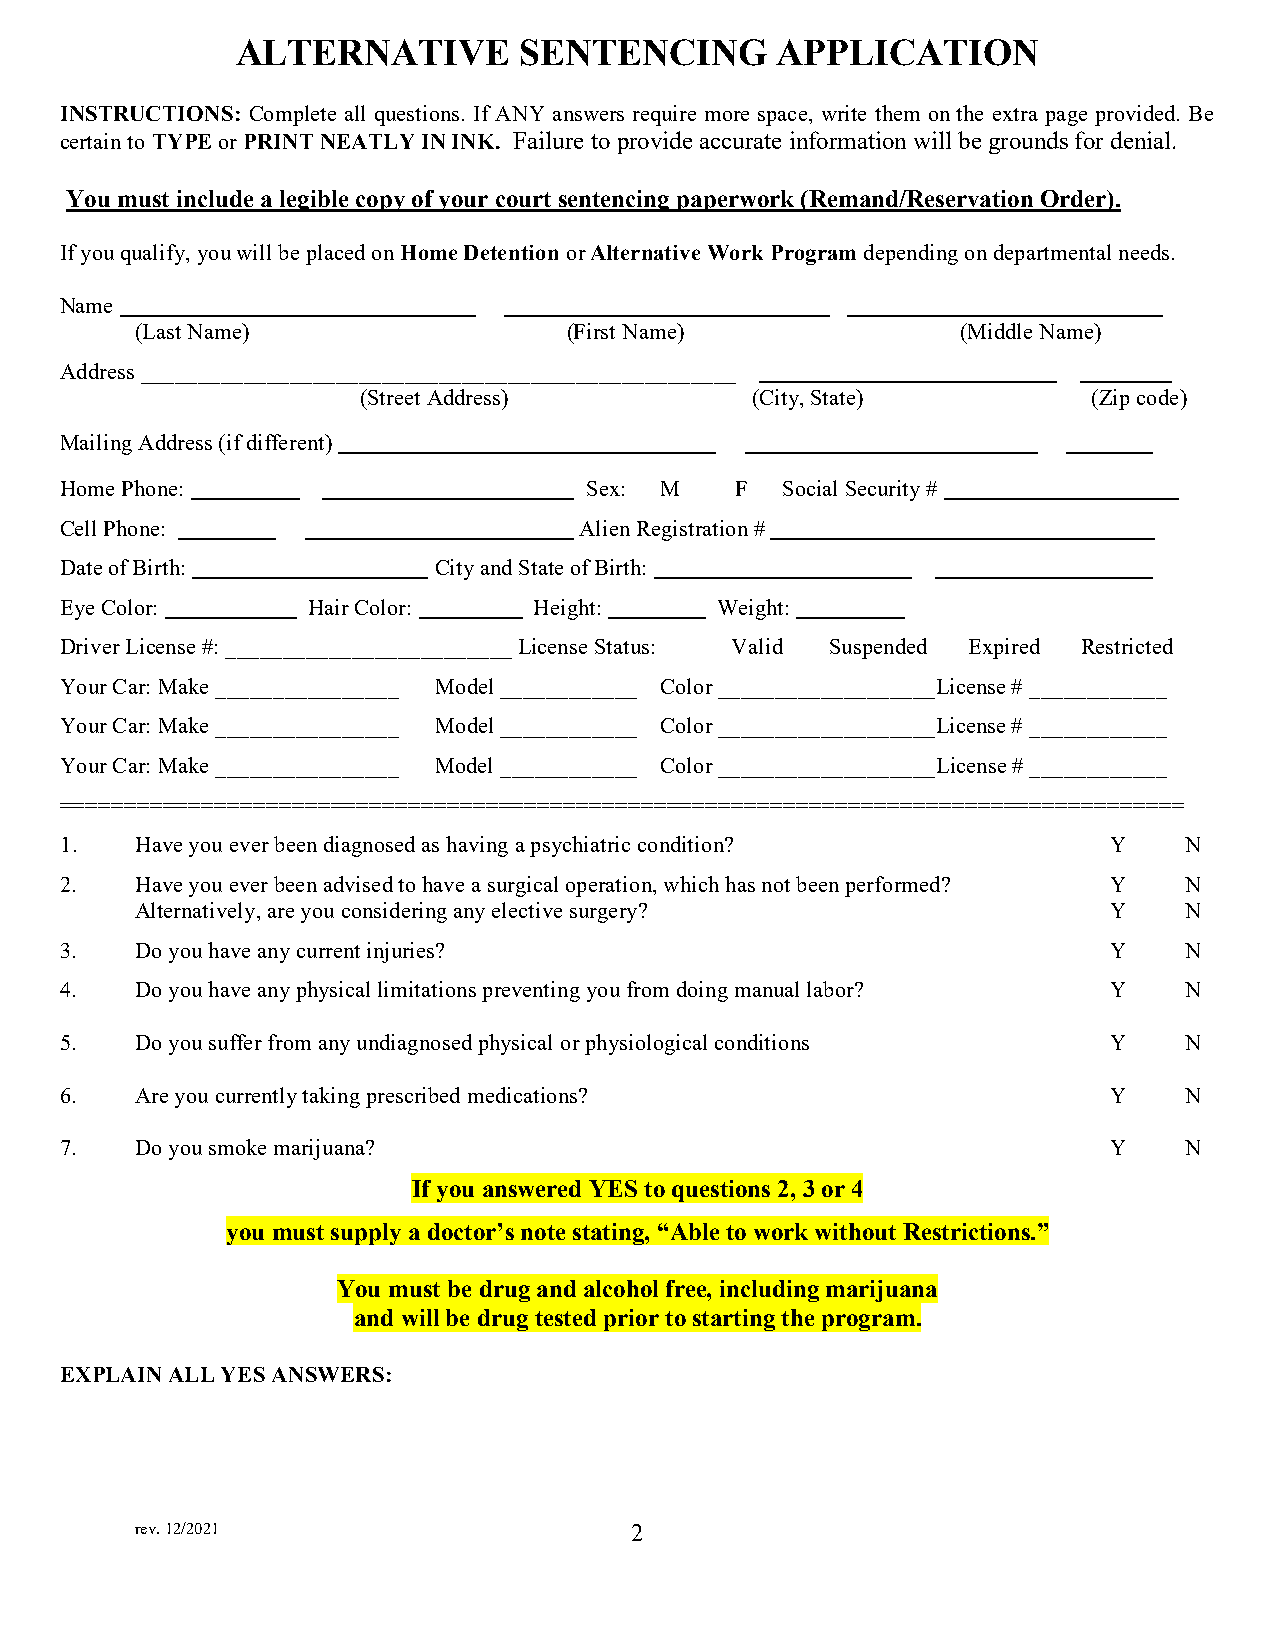
ALTERNATIVE       SENTENCING       APPLICATION
 INSTRUCTIONS: Complete all questions. If ANY answers require more space, write them on the extra page provided. Be
 certain to TYPE or PRINT NEATLY IN INK. Failure to provide accurate information will be grounds for denial.
 You must include a legible copy of your court sentencing paperwork (Remand/Reservation Order).
 If you qualify, you will be placed on Home Detention or Alternative Work Program depending on departmental needs.
 Name
 (Last Name)                  (First Name)              (Middle Name)
 Address ____________________________________________________
 (Street Address)          (City, State)         (Zip code)
 Mailing Address (if different)
 Home Phone:                        Sex: M    F  Social Security #
 Cell Phone:                       Alien Registration #
 Date of Birth:           City and State of Birth:
 Eye Color:      Hair Color:    Height:     Weight:
 Driver License #: _________________________ License Status: Valid Suspended Expired Restricted
 Your Car: Make ________________ Model ____________ Color ___________________License # ____________
 Your Car: Make ________________ Model ____________ Color ___________________License # ____________
 Your Car: Make ________________ Model ____________ Color ___________________License # ____________
 =======================================================================================
 1.   Have you ever been diagnosed as having a psychiatric condition? Y    N
 2.   Have you ever been advised to have a surgical operation, which has not been performed? Y N
 Alternatively, are you considering any elective surgery?        Y    N
 3.   Do you have any current injuries?                               Y    N
 4.   Do you have any physical limitations preventing you from doing manual labor? Y N
 5.   Do you suffer from any undiagnosed physical or physiological conditions Y N
 6.   Are you currently taking prescribed medications?                Y    N
 7.   Do you smoke marijuana?                                         Y    N
 If you answered YES to questions 2, 3 or 4
 you must supply a doctor’s note stating, “Able to work without Restrictions.”
 You must be drug and alcohol free, including marijuana
 and will be drug tested prior to starting the program.
 EXPLAIN ALL YES ANSWERS:
 rev. 12/2021                     2